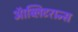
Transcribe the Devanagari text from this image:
ऑब्लिटरान्स